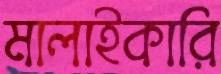
মালাইকারি